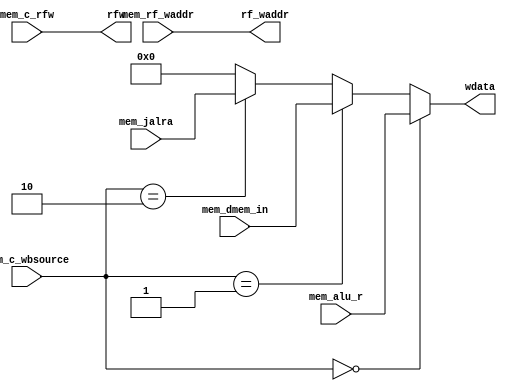
module cpu_wb(mem_c_rfw, mem_c_wbsource, mem_alu_r, mem_dmem_in, mem_rf_waddr,
		mem_jalra, rfw, wdata, rf_waddr);
	input mem_c_rfw;
	input [1:0] mem_c_wbsource;
	input [31:0] mem_alu_r;
	input [31:0] mem_dmem_in;
	input [4:0] mem_rf_waddr;
	input [31:0] mem_jalra;
	output rfw;
	output [31:0] wdata;
	output [4:0] rf_waddr;

	assign rfw = mem_c_rfw;
	assign wdata = 
		(mem_c_wbsource == 2'b00) ? mem_alu_r :
		(mem_c_wbsource == 2'b01) ? mem_dmem_in :
		(mem_c_wbsource == 2'b10) ? mem_jalra :
		32'd0;
	assign rf_waddr = mem_rf_waddr;
endmodule